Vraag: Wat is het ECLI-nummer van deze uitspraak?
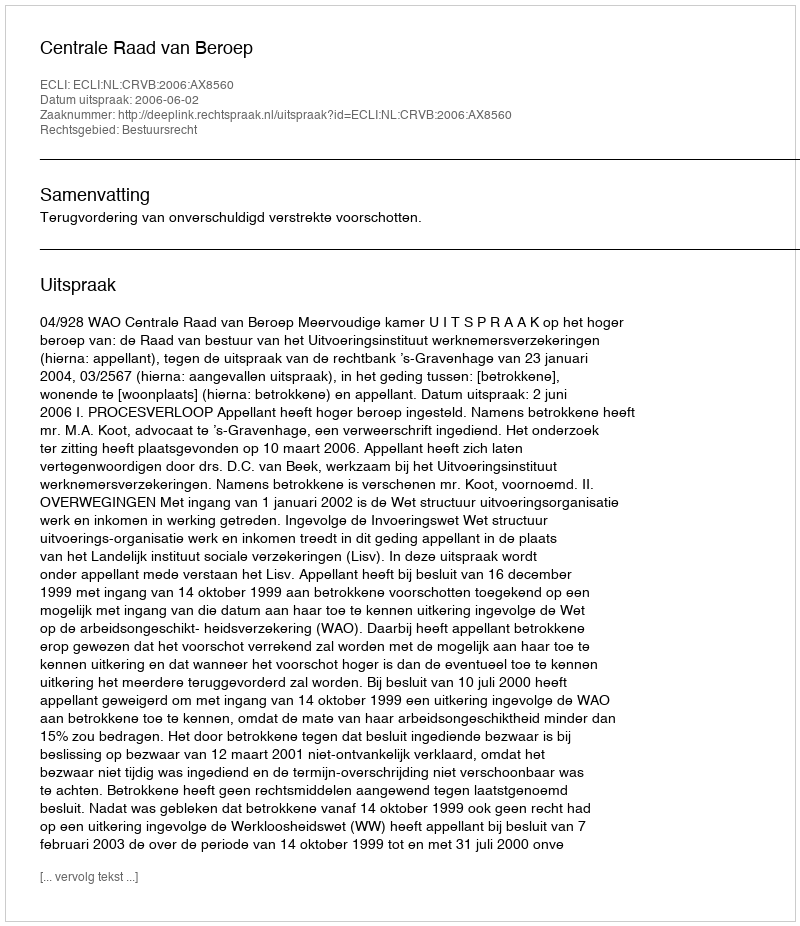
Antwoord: ECLI:NL:CRVB:2006:AX8560